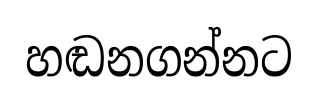
හඬනගන්නට